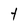
Character: t